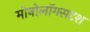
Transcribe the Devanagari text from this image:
मोनोलॉगसदृश